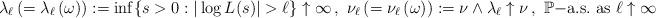
LaTeX: \begin{align*}\ \ \lambda_{\ell} \,(=\lambda_{\ell} \,(\omega)):=\inf\{s>0: |\log L(s)| > \ell\}\uparrow \infty\,, \ \nu_{\ell} \,(=\nu_{\ell}\,(\omega)):=\nu \wedge \lambda_{\ell} \uparrow \nu\,,\ \mathbb{P}\mathrm{-a.s.}\ \mathrm{as}\ {\ell}\uparrow \infty\end{align*}